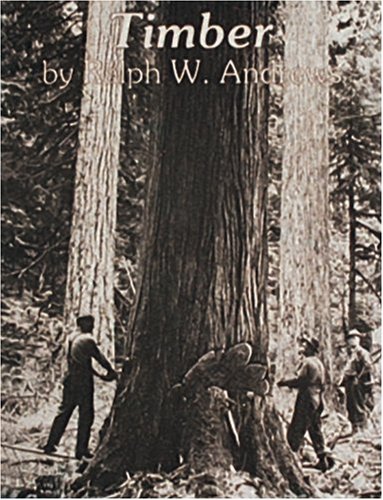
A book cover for Timber: Toil and Trouble in the Big Woods; Ralph W. Andrews; Crafts, Hobbies & Home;